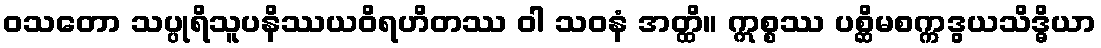
ဝသတော သပ္ပုရိသူပနိဿယဝိရဟိတဿ ဝါ သဝနံ အတ္ထိ။ ဣစ္စဿ ပစ္ဆိမစက္ကဒွယသိဒ္ဓိယာ